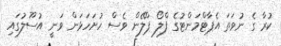
ކުރާ ގެ ނުވަތަ އެޕާޓްމަންޓުގެ ފްލޯ ޕްލޭން ވެސް ހުށަހަޅަން ވަނީ އުސޫލުގައި